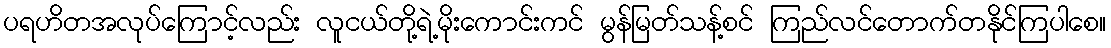
ပရဟိတအလုပ်ကြောင့်လည်း လူငယ်တို့ရဲ့မိုးကောင်းကင် မွန်မြတ်သန့်စင် ကြည်လင်တောက်တနိုင်ကြပါစေ။